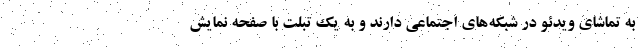
به تماشای ویدئو در شبکه‌های اجتماعی دارند و به یک تبلت با صفحه نمایش